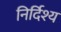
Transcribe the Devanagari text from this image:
निर्दिश्य